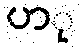
ပာု